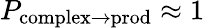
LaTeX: P_{\mathrm{complex}\to\mathrm{prod}}\approx 1